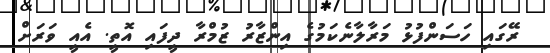
ރޭގައި ހަސަންފުޅު މަރާލާނެކަމުގެ އިންޒާރު ޒުމްރާ ދީފައި އޮތީ. އެއީ ވަރަށް